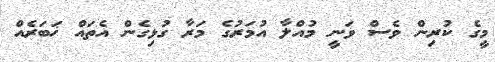
މީގެ ކުރިން ވެސް ވަނީ މުއްލާ އުމަރުގެ މަރާ ގުޅިގެން އެތައް ޚަބަރެއް